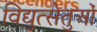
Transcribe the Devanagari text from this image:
विद्युत्सेतुओं